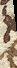
vix